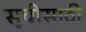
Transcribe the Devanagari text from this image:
सूचीसाठी